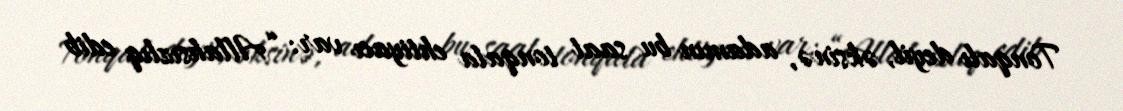
Tonqalı deyil, əksinə, adamın bu saat tonqala ehtiyacı var: “Allahsızlıq edib